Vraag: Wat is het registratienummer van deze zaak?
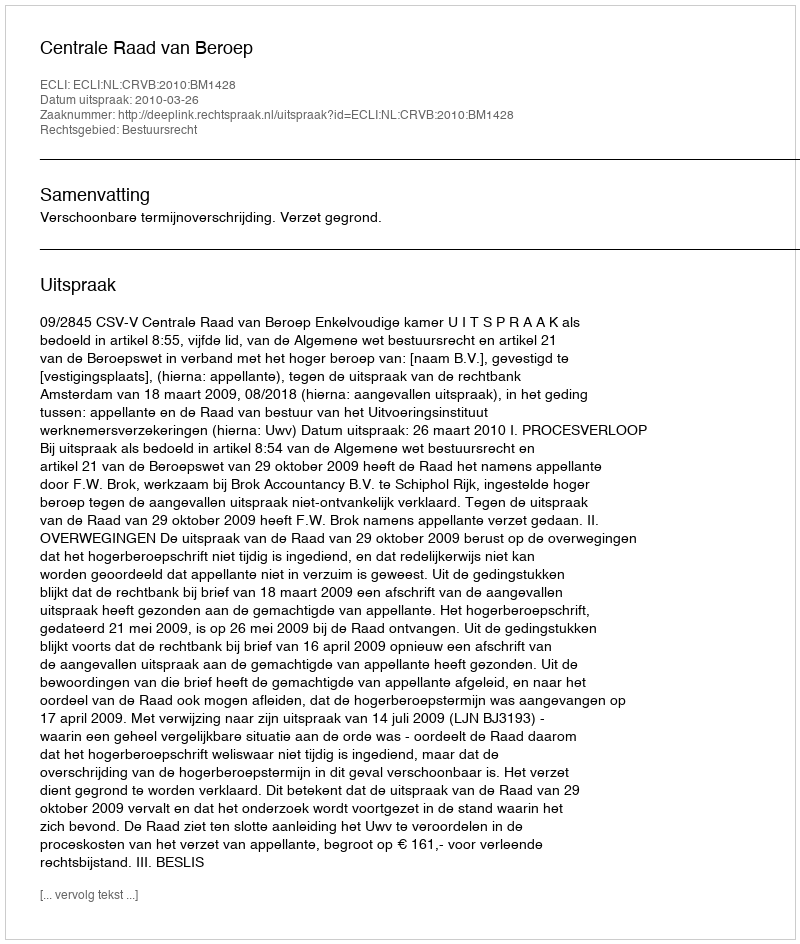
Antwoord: http://deeplink.rechtspraak.nl/uitspraak?id=ECLI:NL:CRVB:2010:BM1428